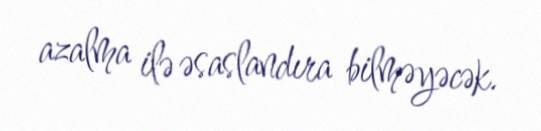
azalma ilə əsaslandıra bilməyəcək.